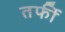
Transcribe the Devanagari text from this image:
तर्फी